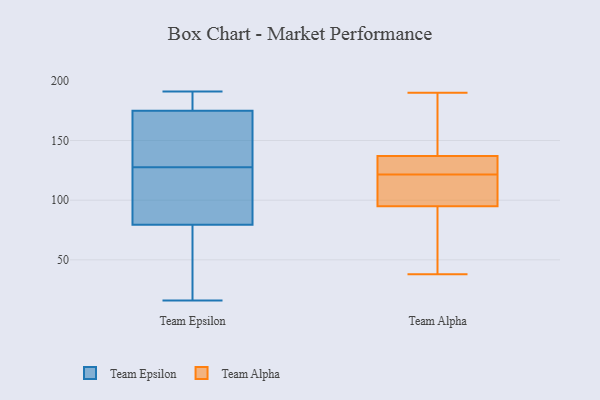
{"axis": {"x": "Churn Rate (%)", "y": "Value"}, "legend": ["Team Alpha", "Team Epsilon"], "data": [{"x": "", "y": 98, "type": "Team Epsilon"}, {"x": "", "y": 181, "type": "Team Epsilon"}, {"x": "", "y": 169, "type": "Team Epsilon"}, {"x": "", "y": 191, "type": "Team Epsilon"}, {"x": "", "y": 61, "type": "Team Epsilon"}, {"x": "", "y": 16, "type": "Team Epsilon"}, {"x": "", "y": 103, "type": "Team Epsilon"}, {"x": "", "y": 130, "type": "Team Epsilon"}, {"x": "", "y": 31, "type": "Team Epsilon"}, {"x": "", "y": 116, "type": "Team Epsilon"}, {"x": "", "y": 187, "type": "Team Epsilon"}, {"x": "", "y": 25, "type": "Team Epsilon"}, {"x": "", "y": 132, "type": "Team Epsilon"}, {"x": "", "y": 140, "type": "Team Epsilon"}, {"x": "", "y": 125, "type": "Team Epsilon"}, {"x": "", "y": 190, "type": "Team Epsilon"}, {"x": "", "y": 132, "type": "Team Alpha"}, {"x": "", "y": 111, "type": "Team Alpha"}, {"x": "", "y": 135, "type": "Team Alpha"}, {"x": "", "y": 129, "type": "Team Alpha"}, {"x": "", "y": 95, "type": "Team Alpha"}, {"x": "", "y": 137, "type": "Team Alpha"}, {"x": "", "y": 104, "type": "Team Alpha"}, {"x": "", "y": 70, "type": "Team Alpha"}, {"x": "", "y": 38, "type": "Team Alpha"}, {"x": "", "y": 190, "type": "Team Alpha"}, {"x": "", "y": 114, "type": "Team Alpha"}, {"x": "", "y": 152, "type": "Team Alpha"}, {"x": "", "y": 181, "type": "Team Alpha"}, {"x": "", "y": 51, "type": "Team Alpha"}]}